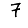
Digit: 7